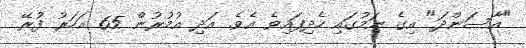
"އާސަންދަ" އިގެ ނަމުގައި ހެދިފައިވެ އެވެ. އަދި އުމުރުން 65 އަހަރު ފުރޭ